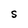
Character: S